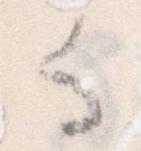
る